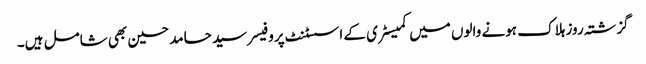
گزشتہ روز ہلاک ہونے والوں میں کمیسٹری کے اسسٹنٹ پروفیسر سید حامد حسین بھی شامل ہیں۔